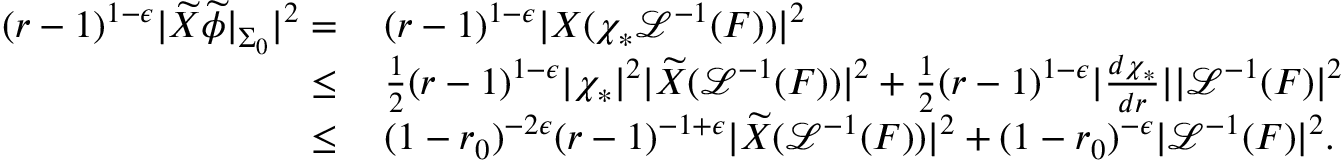
\begin{array} { r l } { ( r - 1 ) ^ { 1 - \epsilon } | \widetilde { X } \widetilde { \phi } | _ { \Sigma _ { 0 } } | ^ { 2 } = } & { \: ( r - 1 ) ^ { 1 - \epsilon } | X ( \chi _ { * } \mathcal { L } ^ { - 1 } ( F ) ) | ^ { 2 } } \\ { \leq } & { \: \frac { 1 } { 2 } ( r - 1 ) ^ { 1 - \epsilon } | \chi _ { * } | ^ { 2 } | \widetilde { X } ( \mathcal { L } ^ { - 1 } ( F ) ) | ^ { 2 } + \frac { 1 } { 2 } ( r - 1 ) ^ { 1 - \epsilon } | \frac { d \chi _ { * } } { d r } | | \mathcal { L } ^ { - 1 } ( F ) | ^ { 2 } } \\ { \leq } & { \: ( 1 - r _ { 0 } ) ^ { - 2 \epsilon } ( r - 1 ) ^ { - 1 + \epsilon } | \widetilde { X } ( \mathcal { L } ^ { - 1 } ( F ) ) | ^ { 2 } + ( 1 - r _ { 0 } ) ^ { - \epsilon } | \mathcal { L } ^ { - 1 } ( F ) | ^ { 2 } . } \end{array}